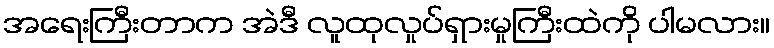
အရေးကြီးတာက အဲဒီ လူထုလှုပ်ရှားမှုကြီးထဲကို ပါမလား။